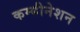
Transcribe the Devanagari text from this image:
कम्बीनेशन